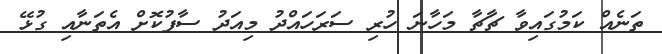
ތަނެއް ކަމުގައިވާ ޗާޗާ މަހާނަ ހުރި ސަރަހައްދު މިއަދު ސާފުކޮށް އެތަނާއި ގުޅޭ